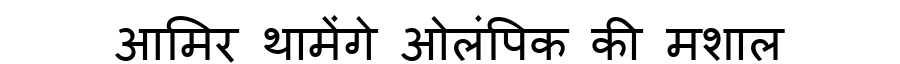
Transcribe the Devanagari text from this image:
आमिर थामेंगे ओलंपिक की मशाल